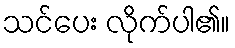
သင်ပေး လိုက်ပါ၏။